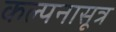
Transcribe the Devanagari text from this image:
कल्पनासूत्र